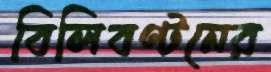
বিলিবণ্টনের